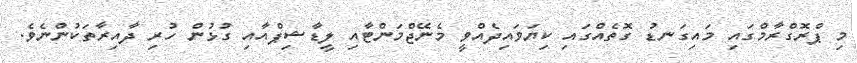
މި ޕްރޮގްރާމްގައި މައިގަނޑު ގޮތެއްގައި ކިޔަވައިދެއްވީ މެނޭޖްމަންޓާއި ލީޑާޝިޕްއާއި ގުޅުން ހުރި ދާއިރާތަކުންނެވެ.